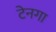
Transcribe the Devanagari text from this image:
टेनगा